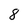
Character: 8